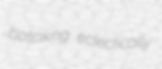
bolloxing eclectically